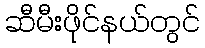
ဆီမီးဖိုင်နယ်တွင်